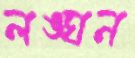
লঙ্ঘন